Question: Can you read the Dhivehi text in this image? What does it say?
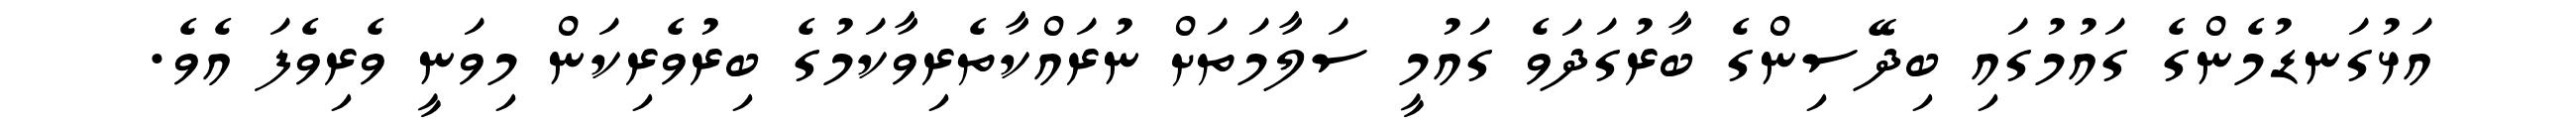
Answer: އަޅުގަނޑުމެންގެ ގައުމުގައި ބިދޭސިންގެ ބާރުގަދަވެ ގައުމީ ސަލާމަތަށް ނުރައްކާތެރިވާކަމުގެ ބިރުވެރިކަން މިވަނީ ވެރިވެފަ އެވެ.